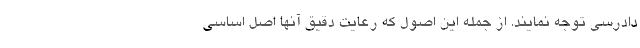
دادرسی توجه نمایند. از جمله این اصول که رعایت دقیق آنها اصل اساسی